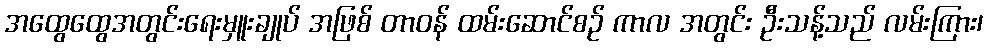
အထွေထွေအတွင်းရေးမှူးချုပ် အဖြစ် တာဝန် ထမ်းဆောင်စဉ် ကာလ အတွင်း ဦးသန့်သည် လမ်းကြား၊